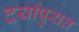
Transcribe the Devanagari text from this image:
दर्यापुरात